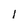
Character: l